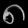
Digit: ၈